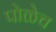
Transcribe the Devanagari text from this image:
पोळेच